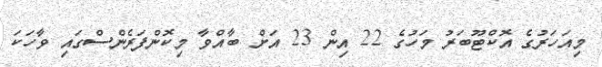
މިއަހަރުގެ އޮކްޓޫބަރު މަހުގެ 22 އިން 23 އަށް ބާއްވާ މިކޮންފަރެންސްގައި ވާހަކަ